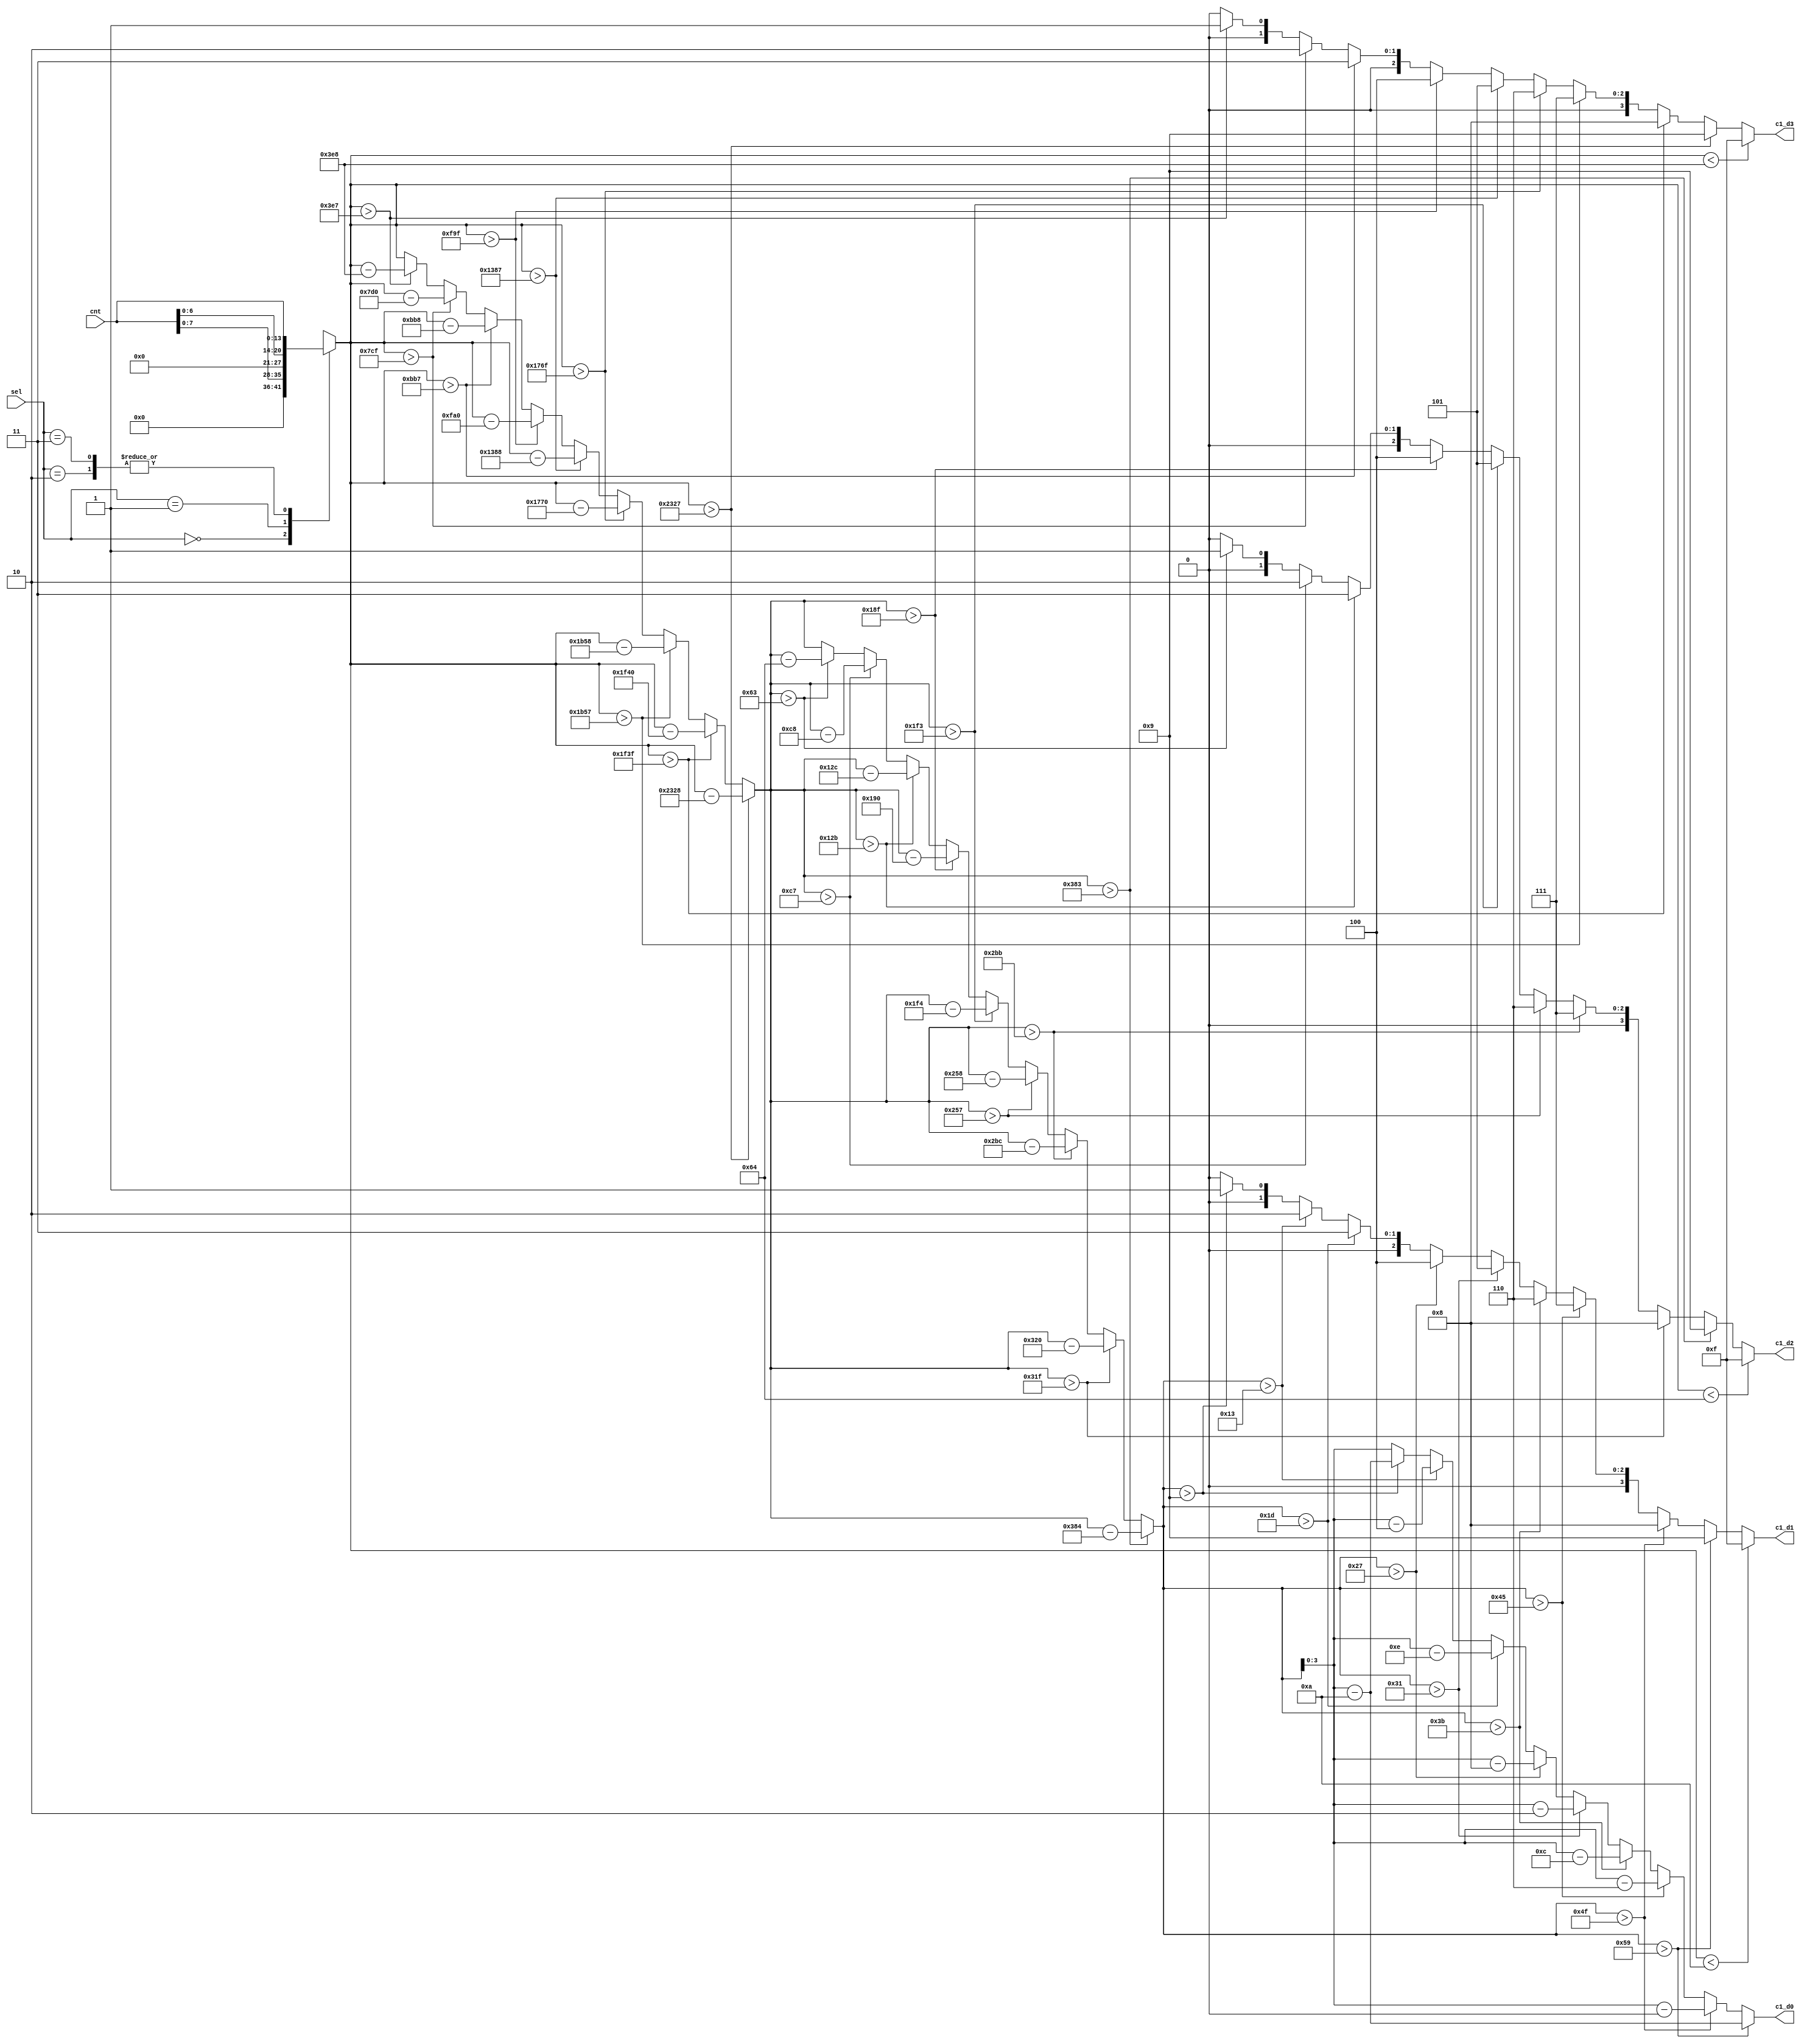
module cnt_convert_14b(
    input [13:0] cnt,
    input [1:0] sel,
    output reg [3:0] c1_d3,
    output reg [3:0] c1_d2,
    output reg [3:0] c1_d1,
    output reg [3:0] c1_d0
    );
    reg [13:0] cnt_new;      // working value  
    reg [13:0] cnt_new_w;    // working value 
   
    //- BCD intermediates for digits  
    reg [3:0] d3;     // 1000's digit  
    reg [3:0] d2;     // 100's digit
    reg [3:0] d1;     // 10's digit
    reg [3:0] d0;     // 1's digit
    
    //- clear unused bits on per mode basis
    always @ (cnt,sel)
       case(sel)
          0: cnt_new = {6'b000000,cnt[7:0]};   // clear zeros for [0,255] mode
          1: cnt_new = {7'b00000000,cnt[6:0]}; // clear zeros for [0,99] mode  
          2: cnt_new = cnt;                    // 14-bit mode
          3: cnt_new = cnt;                    // unused mode
          default cnt_new = cnt; 
       endcase
    
    always @ (cnt_new)
    begin
       d3=0;  d2=0;  d1=0;  d0=0;    // pre-assign digits 
       cnt_new_w = cnt_new;          // copy value
       
       //- find 1000's digit
       if      (cnt_new_w > 8999) begin   d3=9;   cnt_new_w = cnt_new_w - 9000;  end
       else if (cnt_new_w > 7999) begin   d3=8;   cnt_new_w = cnt_new_w - 8000;  end 
       else if (cnt_new_w > 6999) begin   d3=7;   cnt_new_w = cnt_new_w - 7000;  end 
       else if (cnt_new_w > 5999) begin   d3=6;   cnt_new_w = cnt_new_w - 6000;  end 
       else if (cnt_new_w > 4999) begin   d3=5;   cnt_new_w = cnt_new_w - 5000;  end 
       else if (cnt_new_w > 3999) begin   d3=4;   cnt_new_w = cnt_new_w - 4000;  end 
       else if (cnt_new_w > 2999) begin   d3=3;   cnt_new_w = cnt_new_w - 3000;  end 
       else if (cnt_new_w > 1999) begin   d3=2;   cnt_new_w = cnt_new_w - 2000;  end 
       else if (cnt_new_w > 999)  begin   d3=1;   cnt_new_w = cnt_new_w - 1000;  end 
       else                       begin   d3=0;   end 

       //- find 100's digit
       if      (cnt_new_w > 899) begin   d2=9;   cnt_new_w = cnt_new_w - 900;  end
       else if (cnt_new_w > 799) begin   d2=8;   cnt_new_w = cnt_new_w - 800;  end 
       else if (cnt_new_w > 699) begin   d2=7;   cnt_new_w = cnt_new_w - 700;  end 
       else if (cnt_new_w > 599) begin   d2=6;   cnt_new_w = cnt_new_w - 600;  end 
       else if (cnt_new_w > 499) begin   d2=5;   cnt_new_w = cnt_new_w - 500;  end 
       else if (cnt_new_w > 399) begin   d2=4;   cnt_new_w = cnt_new_w - 400;  end 
       else if (cnt_new_w > 299) begin   d2=3;   cnt_new_w = cnt_new_w - 300;  end 
       else if (cnt_new_w > 199) begin   d2=2;   cnt_new_w = cnt_new_w - 200;  end 
       else if (cnt_new_w > 99)  begin   d2=1;   cnt_new_w = cnt_new_w - 100;  end 
       else                      begin   d2=0;   end 

       //- find 10's digit
       if      (cnt_new_w > 89) begin   d1=9;   cnt_new_w = cnt_new_w - 90;  end
       else if (cnt_new_w > 79) begin   d1=8;   cnt_new_w = cnt_new_w - 80;  end 
       else if (cnt_new_w > 69) begin   d1=7;   cnt_new_w = cnt_new_w - 70;  end 
       else if (cnt_new_w > 59) begin   d1=6;   cnt_new_w = cnt_new_w - 60;  end 
       else if (cnt_new_w > 49) begin   d1=5;   cnt_new_w = cnt_new_w - 50;  end 
       else if (cnt_new_w > 39) begin   d1=4;   cnt_new_w = cnt_new_w - 40;  end 
       else if (cnt_new_w > 29) begin   d1=3;   cnt_new_w = cnt_new_w - 30;  end 
       else if (cnt_new_w > 19) begin   d1=2;   cnt_new_w = cnt_new_w - 20;  end 
       else if (cnt_new_w > 9)  begin   d1=1;   cnt_new_w = cnt_new_w - 10;  end 
       else                     begin   d1=0;   end 

       //- assign 1's digit 
       d0 = cnt_new_w[3:0]; 

    end
    
    //- handles the lead zero blanking
    always @ (cnt_new, d3,d2,d1,d0)
    begin
       if (cnt_new < 1000) // 1000's digit 
          c1_d3 = 'hF; 
       else 
          c1_d3 = d3; 
 
       if (cnt_new < 100)  // 100's digit
          c1_d2 = 'hF; 
       else 
          c1_d2 = d2; 

       if (cnt_new < 10)  // 10's digit
          c1_d1 = 'hF; 
       else 
          c1_d1 = d1;
          
       c1_d0 = d0;        // 1's digit never blank
    end 
    
endmodule